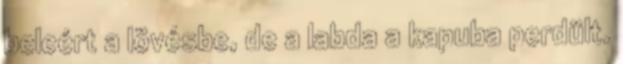
beleért a lövésbe, de a labda a kapuba perdült.